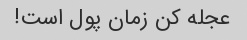
عجله کن زمان پول است!